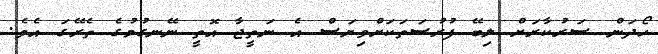
ހޯދަން ސަރުކާރަށް ލިބޭ ފުރުސަތަކަށްވިޔަސް އެ ނަތީޖާ އޮތީ ނޭނގުމުގެ ތެރޭގަ އެވެ.